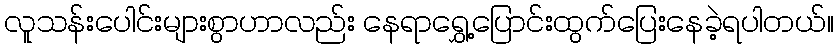
လူသန်းပေါင်းများစွာဟာလည်း နေရာရွှေ့ပြောင်းထွက်ပြေးနေခဲ့ရပါတယ်။